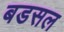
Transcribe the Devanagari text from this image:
बडसल